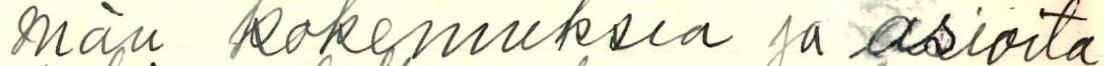
män kokemuksia ja asioita